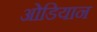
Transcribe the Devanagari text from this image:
ओडियान